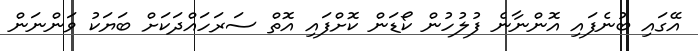
އޭގައި ބުނެފައި އޮންނާނެ ފުލުހުން ކޯޑަން ކޮށްފައި އޮތް ސަރަހައްދަކަށް ބަޔަކު ވަންނަން